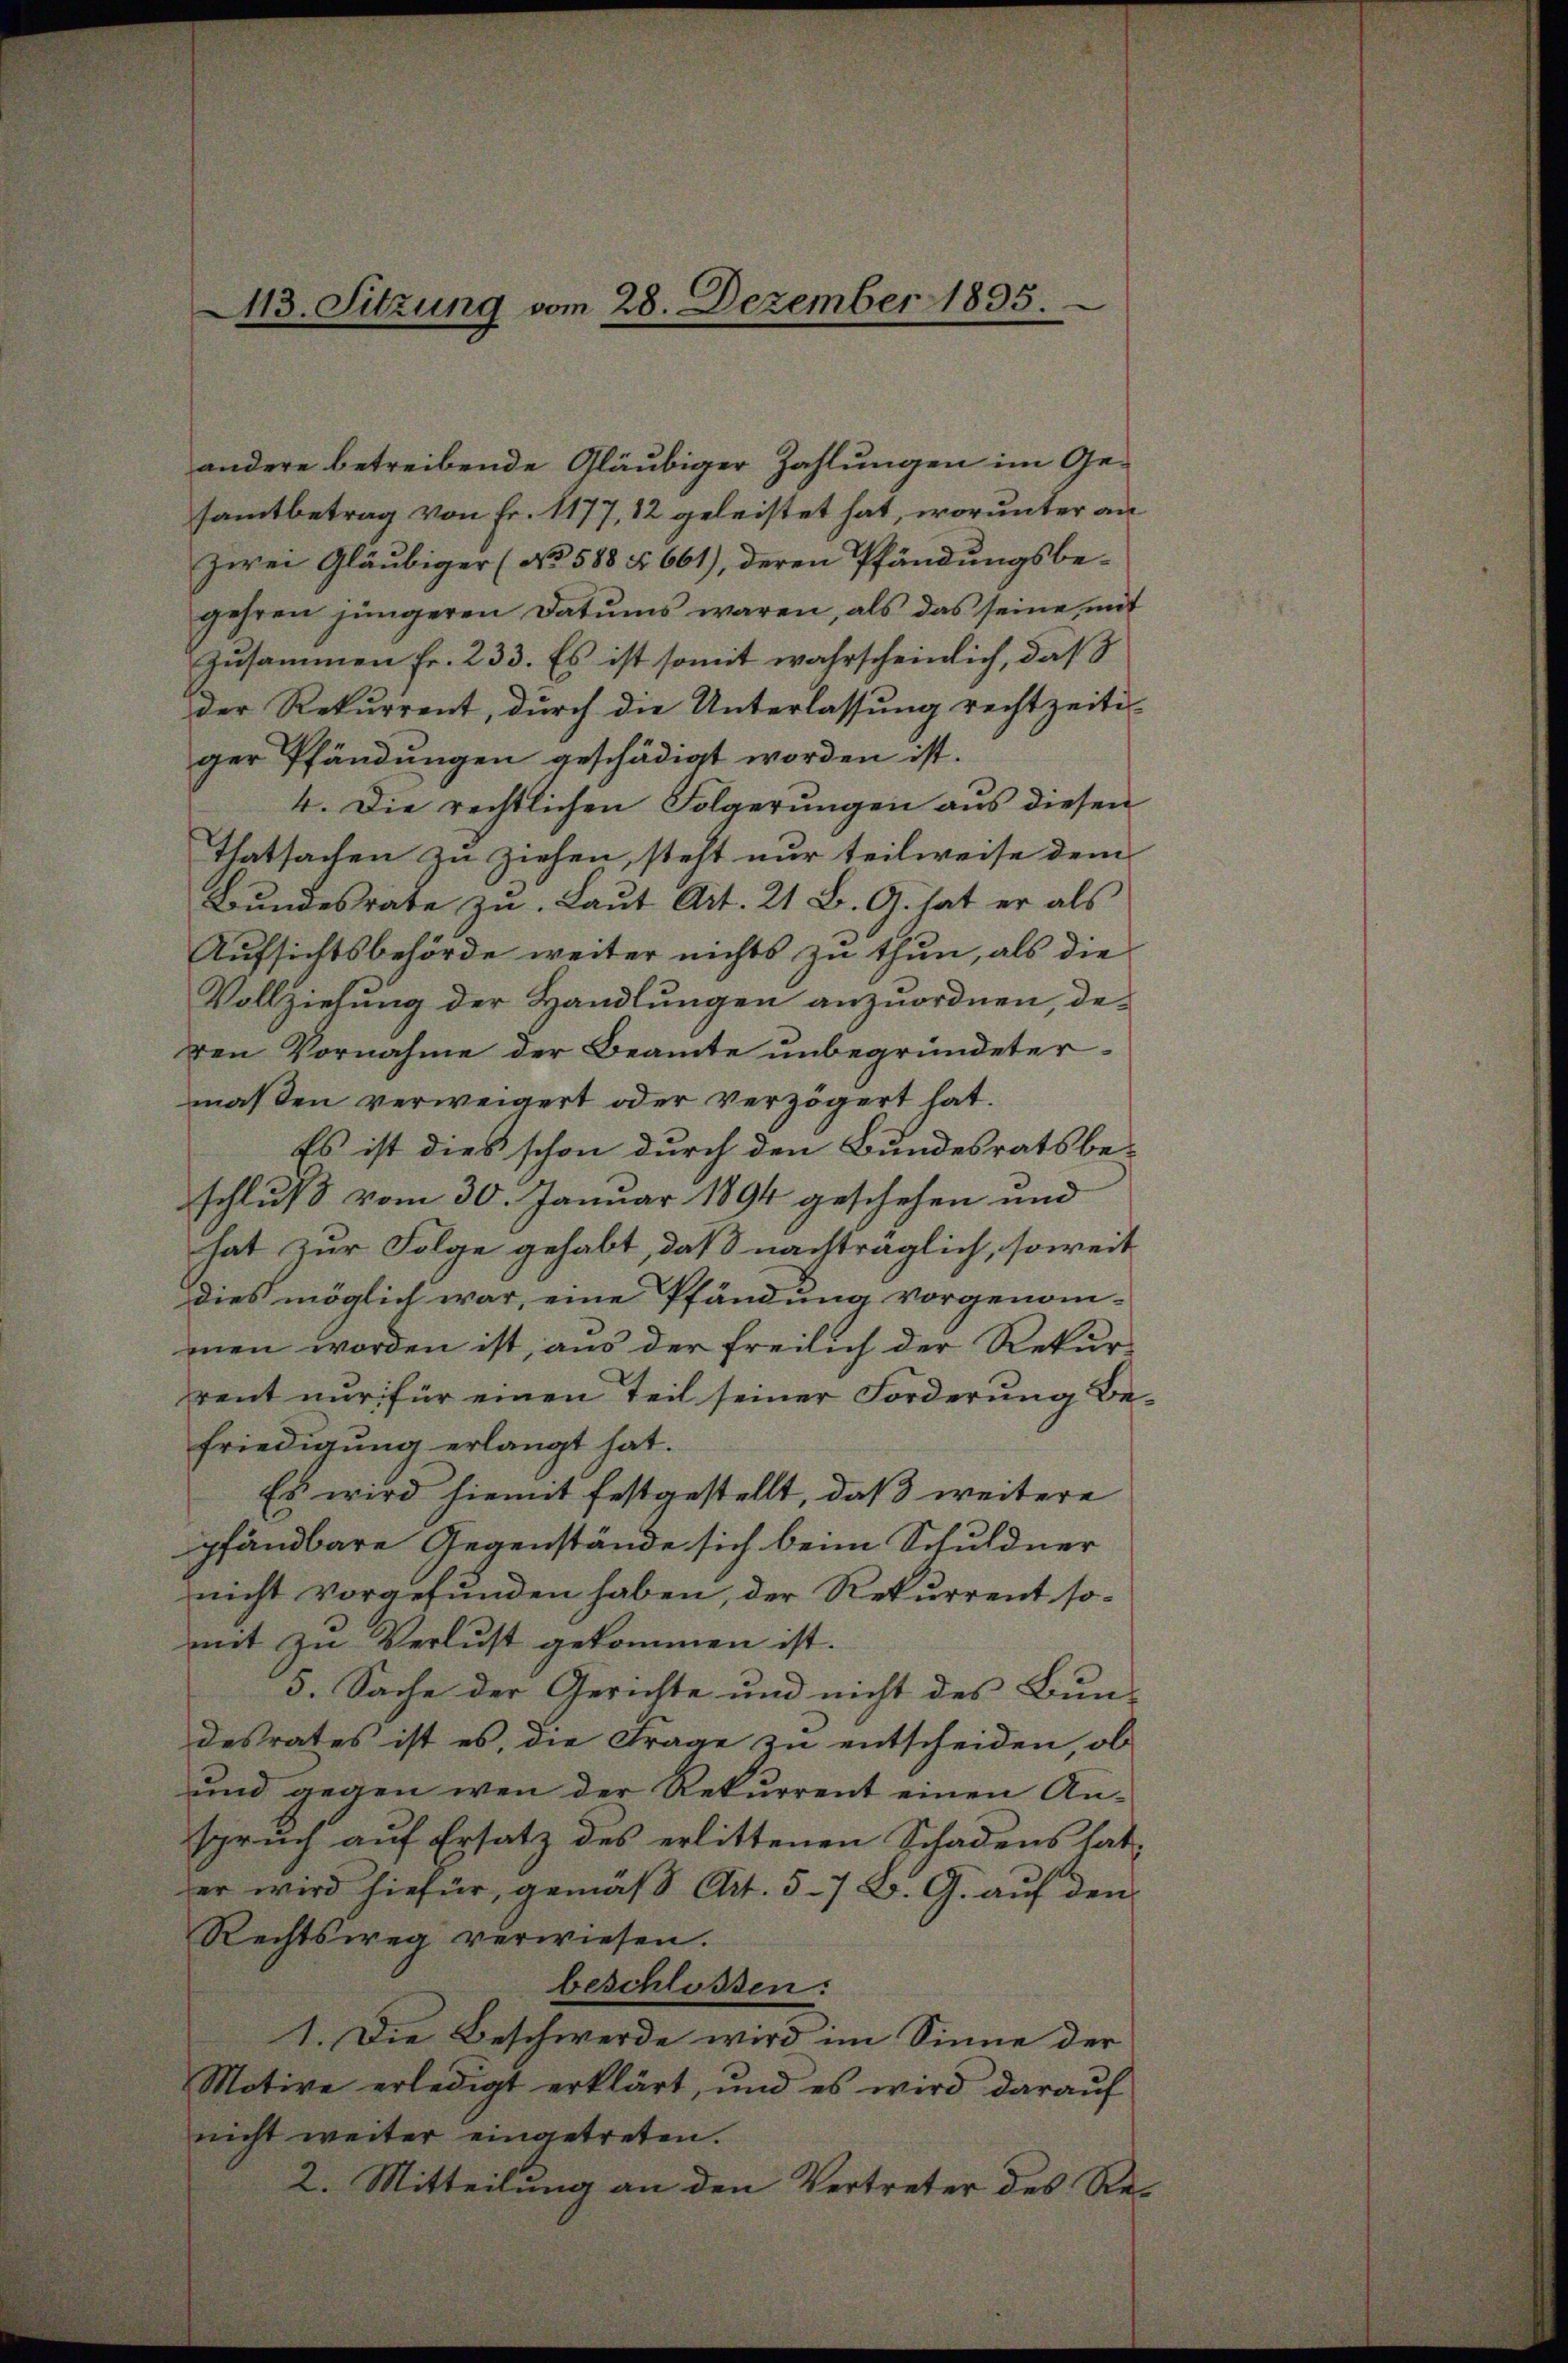
113. Sitzung vom 28. Dezember 1895.

andere betreibende Gläubiger Zahlungen im Gesamtbetrag von Fr. 1177, 12 geleistet hat, worunter an
zwei Gläubiger (No 588 § 661), deren Pfändungsbegehren jüngeren Datums waren, als das seine mit
zusammen Fr. 233. Es ist somit wahrscheinlich, daß
der Rekurrent, durch die Unterlassung rechtzeiti-
ger Pfändungen geschädigt worden ist.
4. Die rechtlichen Folgerungen aus diesen
Thatsachen zu ziehen, steht nur teilweise dem
Bundesrate zu Laut Art. 21 B. G. hat er als
Aufsichtsbehörde weiter nichts zu thun, als die
Vollziehung der Handlungen anzuordnen, deden Vornahme der Beamte unbegründeter-
maßen verweigert oder verzögert hat.
Es ist dies schon durch den Bundesratsbe-
schluß vom 30. Januar 1894 geschehen und
hat zur Folge gehabt, daß nachträglich, soweit
dies möglich war, eine Pfändung vorgenom-
men worden ist, aus der freilich der Rekur-
rent nur für einen Teil seiner Forderung befriedigung erlangt hat.
Es wird hiemit festgestellt, daß weitere
pfändbare Gegenstände sich beim Schuldner
nicht vorgefunden haben, der Rekurrent somit zu Verlust gekommen ist.
5. Sache der Gerichte und nicht des Bun-
desrates ist es, die Frage zu entscheiden, ob
und gegen wen der Rekurrent einen Anspruch auf Ersatz des erlittenen Schadens hat-
er wird hiefür, gemäß Art. 57 B. G. auf den
Rechtsweg verwiesen.
beschlossen:
1. Die Beschwerde wird im Sinne der
Motive erledigt erklärt, und es wird darauf
nicht weiter eingetreten.
2. Mitteilung an den Vertreter des Re-